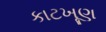
કાટખૂણ